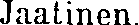
Jaatinen.